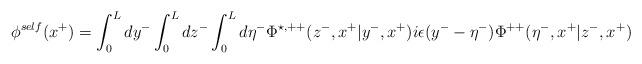
LaTeX: \begin{align*}{\phi}^{self}(x^{+}) =\int_0^L dy^{-} \int_0^L dz^{-} \int_0^L d{\eta}^{-}{\Phi}^{\star,++}(z^{-},x^{+}|y^{-},x^{+})i{\epsilon}(y^{-} - {\eta}^{-}) {\Phi}^{++}({\eta}^{-},x^{+}|z^{-},x^{+})\end{align*}